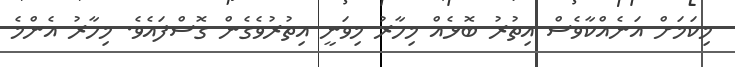
މިކަމަށް އަނެއްކާވެސް އިތުރު ބޮޅެއް މިހާރު މިވަނީ އިތުރުވެގެން ގޮސްފައެވެ. މިހާރު އެންމެ